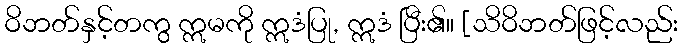
ဝိဘတ်နှင့်တကွ ဣမကို ဣဒံပြု, ဣဒံ ပြီး၏။ [သိဝိဘတ်ဖြင့်လည်း